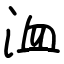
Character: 洫